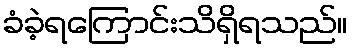
ခံခဲ့ရကြောင်းသိရှိရသည်။